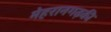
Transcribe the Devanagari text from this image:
मेहरानगढ़की